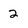
Character: 2